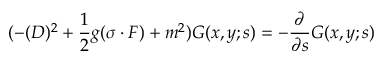
( - ( D ) ^ { 2 } + \frac { 1 } { 2 } g ( \sigma \cdot F ) + m ^ { 2 } ) { \cal G } ( x , y ; s ) = - \frac { \partial } { \partial s } { \cal G } ( x , y ; s )